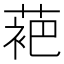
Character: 𬡞